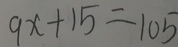
9 x + 1 5 = 1 0 5